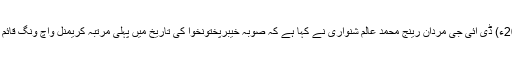
24 اپریل2018ء) ڈی ائی جی مردان رینج محمد عالم شنواری نے کہا ہے کہ صوبہ خیبرپختونخوا کی تاریخ میں پہلی مرتبہ کریمنل واچ ونگ قائم کر دیا گیا ہے۔